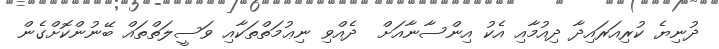
ދުނިޔެ ކުރިއަރައިދާ ދިއުމާއި އެކު އިންސާނާއަށް  ދެއްވި ނިޢުމަތްތަކާއި ވަސީލަތްތައް ބޭނުންކޮށްގެން